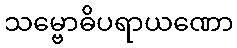
သမ္ဗောဓိပရာယဏော